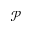
\mathcal { P }